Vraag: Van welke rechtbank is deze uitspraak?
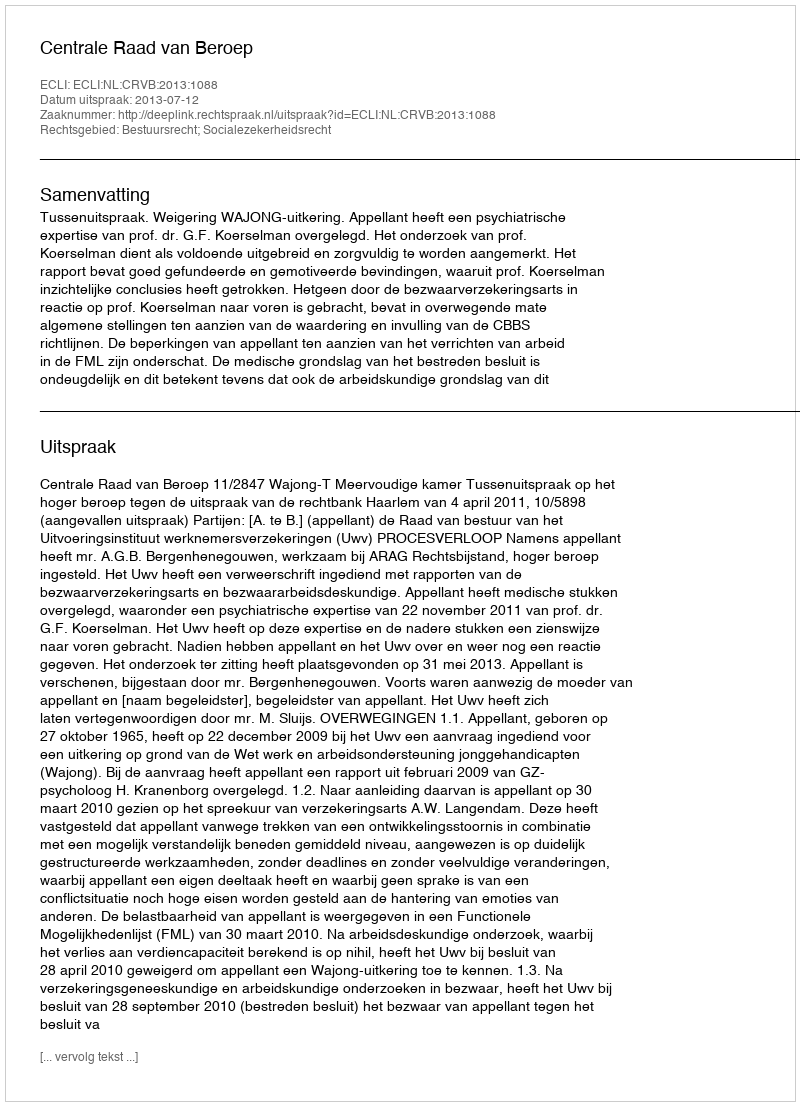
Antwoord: Centrale Raad van Beroep